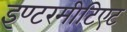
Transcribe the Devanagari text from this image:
इण्टरमीटिएट